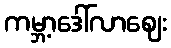
ကမ္ဘာ့ဒေါ်လာဈေး